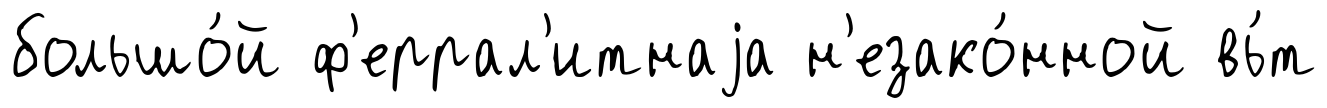
большо́й ф'еррал'итнаjа н'езако́нной вь́т